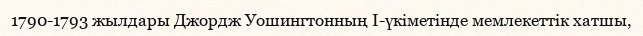
1790-1793 жылдары Джордж Уошингтонның Ӏ-үкіметінде мемлекеттік хатшы,